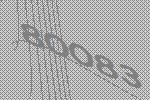
80083